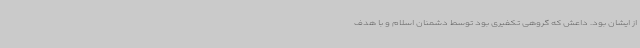
از ایشان بود. داعش که گروهی تکفیری بود توسط دشمنان اسلام و با هدف